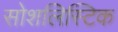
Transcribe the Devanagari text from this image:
सोशलिस्टिक